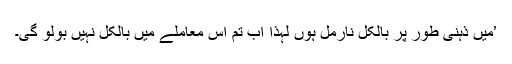
’میں ذہنی طور پر بالکل نارمل ہوں لہٰذا اب تم اس معاملے میں بالکل نہیں بولو گی۔